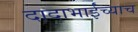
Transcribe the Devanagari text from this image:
दादाभाईंच्याच